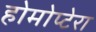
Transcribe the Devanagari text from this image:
होमोप्टेरा